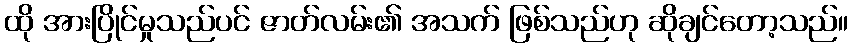
ထို အားပြိုင်မှုသည်ပင် ဇာတ်လမ်း၏ အသက် ဖြစ်သည်ဟု ဆိုချင်တော့သည်။